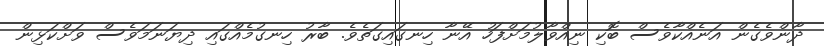
ދާންވެގެން އަނެއްކާވެސް ބޮކި ނިއްވާލުމަށްފަހު އޭނާ ހިނގައިގަތެވެ. ބާރު ހިނގުމެއްގައި ދިޔަނަމަވެސް ވަށްކަޅިން